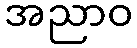
အညာဝ